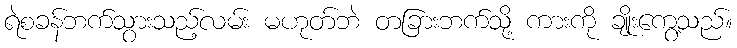
ရဲစခန်ဘက်သွားသည့်လမ်း မဟုတ်ဘဲ တခြားဘက်သို့ ကားကို ချိုးကွေ့သည်။